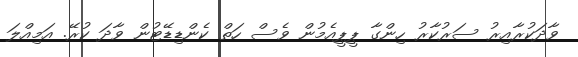
ވާދަކުރާއިރު ސަރުކާރު ހިންގާ ޕީޕީއެމުން ވެސް ހަތް ކެންޑިޑޭޓުން ވާދަ ކުރޭ. އަމިއްލަ